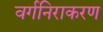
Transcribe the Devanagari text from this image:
वर्गनिराकरण